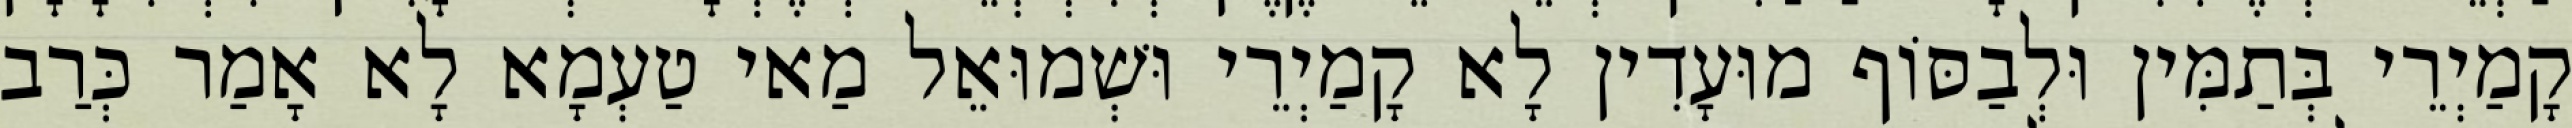
קָמַיְרֵי בְּתַמִּין וּלְבַסּוֹף מוּעָדִין לָא קָמַיְרֵי וּשְׁמוּאֵל מַאי טַעְמָא לָא אָמַר כְּרַב